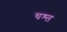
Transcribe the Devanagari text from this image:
चश्त